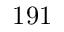
1 9 1